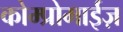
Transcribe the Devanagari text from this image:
कोम्प्रोमाईज़